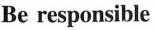
Be responsible